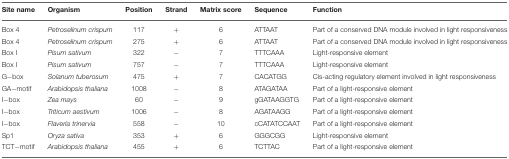
<table><thead><tr><td><b>Site name</b></td><td><b>Organism</b></td><td><b>Position</b></td><td><b>Strand</b></td><td><b>Matrix score</b></td><td><b>Sequence</b></td><td><b>Function</b></td></tr></thead><tbody><tr><td>Box 4</td><td><i>Petroselinum crispum</i></td><td>117</td><td>+</td><td>6</td><td>ATTAAT</td><td>Part of a conserved DNA module involved in light responsiveness</td></tr><tr><td>Box 4</td><td><i>Petroselinum crispum</i></td><td>275</td><td>+</td><td>6</td><td>ATTAAT</td><td>Part of a conserved DNA module involved in light responsiveness</td></tr><tr><td>Box I</td><td><i>Pisum sativum</i></td><td>322</td><td>−</td><td>7</td><td>TTTCAAA</td><td>Light-responsive element</td></tr><tr><td>Box I</td><td><i>Pisum sativum</i></td><td>757</td><td>−</td><td>7</td><td>TTTCAAA</td><td>Light-responsive element</td></tr><tr><td>G−box</td><td><i>Solanum tuberosum</i></td><td>475</td><td>+</td><td>7</td><td>CACATGG</td><td>Cis-acting regulatory element involved in light responsiveness</td></tr><tr><td>GA−motif</td><td><i>Arabidopsis thaliana</i></td><td>1008</td><td>−</td><td>8</td><td>ATAGATAA</td><td>Part of a light-responsive element</td></tr><tr><td>I−box</td><td><i>Zea mays</i></td><td>60</td><td>−</td><td>9</td><td>gGATAAGGTG</td><td>Part of a light-responsive element</td></tr><tr><td>I−box</td><td><i>Triticum aestivum</i></td><td>1006</td><td>−</td><td>8</td><td>AGATAAGG</td><td>Part of a light-responsive element</td></tr><tr><td>I−box</td><td><i>Flaveria trinervia</i></td><td>558</td><td>−</td><td>10</td><td>cCATATCCAAT</td><td>Part of a light-responsive element</td></tr><tr><td>Sp1</td><td><i>Oryza sativa</i></td><td>353</td><td>+</td><td>6</td><td>GGGCGG</td><td>Light-responsive element</td></tr><tr><td>TCT−motif</td><td><i>Arabidopsis thaliana</i></td><td>455</td><td>+</td><td>6</td><td>TCTTAC</td><td>Part of a light-responsive element</td></tr></tbody></table>